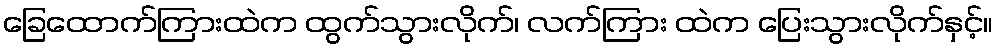
ခြေထောက်ကြားထဲက ထွက်သွားလိုက်၊ လက်ကြား ထဲက ပြေးသွားလိုက်နှင့်။